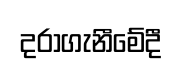
දරාගැනීමේදී